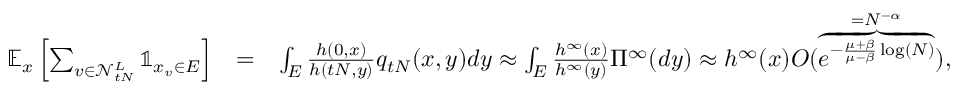
\begin{array} { r l r } { \mathbb { E } _ { x } \left[ \sum _ { v \in \mathcal N _ { t N } ^ { L } } \mathbb { 1 } _ { x _ { v } \in E } \right] } & { = } & { \int _ { E } \frac { h ( 0 , x ) } { h ( t N , y ) } q _ { t N } ( x , y ) d y \approx \int _ { E } \frac { h ^ { \infty } ( x ) } { h ^ { \infty } ( y ) } \Pi ^ { \infty } ( d y ) \approx h ^ { \infty } ( x ) O ( \overbrace { e ^ { - \frac { \mu + \beta } { \mu - \beta } \log ( N ) } } ^ { = N ^ { - \alpha } } ) , } \end{array}